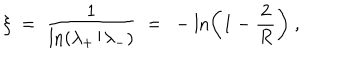
LaTeX: \xi \ = \ \frac { 1 } { \ln ( \lambda _ { + } / \lambda _ { - } ) } \ = \ - \ln \left( 1 - \frac { 2 } { R } \right) \ ,